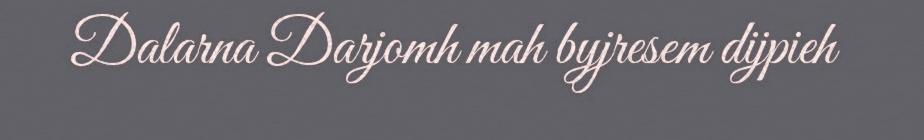
Dalarna Darjomh mah byjresem dijpieh